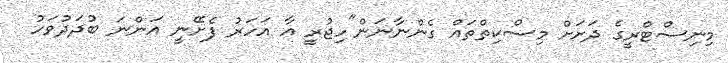
މިނިސްޓްރީގެ ދަށަށް މިސްކިތްތައް ގެންނާނަން"ހިޖުރީ އާ އަހަރު ފެށޭނީ އަންނަ ބުދަދުވަހު